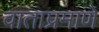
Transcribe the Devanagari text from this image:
वाताप्रमाणे